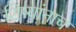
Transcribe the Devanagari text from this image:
शिष्यांनाच